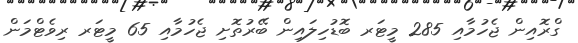
ގްރޮއިން ޖެހުމާއި 285 މީޓަރ ބޮޑުހިލައިން ބޭރުތޮށި ޖެހުމާއި 65 މީޓަރ ރިވެޓްމަން